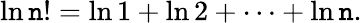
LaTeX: \ln\mathtt{n}!=\ln1+\ln2+\cdots+\ln\mathtt{n}.